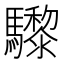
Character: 𩧋